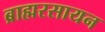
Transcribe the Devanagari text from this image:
ब्राह्मरसायन